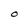
Character: O